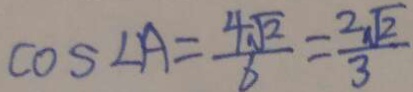
\cos \angle A = \frac { 4 \sqrt { 2 } } { 6 } = \frac { 2 \sqrt { 2 } } { 3 }